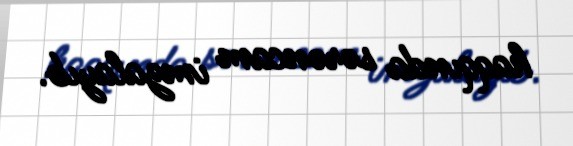
haqqında sərəncam imzalayıb.